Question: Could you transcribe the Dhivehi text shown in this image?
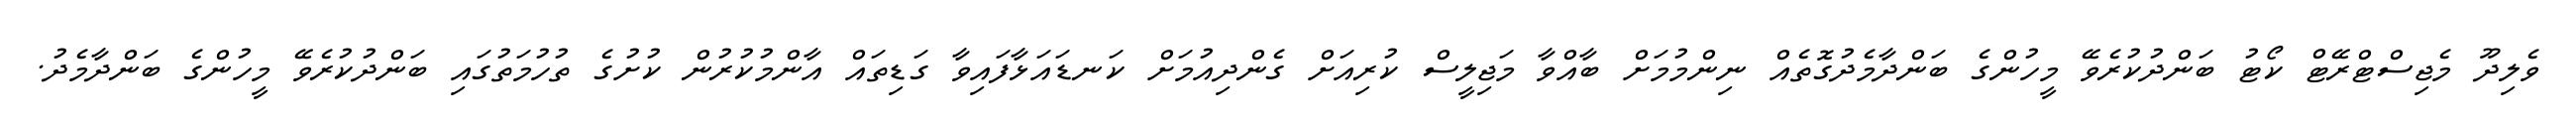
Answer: ވެލިދޫ މެޖިސްޓްރޭޓް ކޯޓު ބަންދުކުރެވޭ މީހުންގެ ބަންދާމެދުގޮތެއް ނިންމުމަށް ބާއްވާ މަޖިލީސް ކުރިއަށް ގެންދިއުމަށް ކަނޑައަޅާފައިވާ ގަޑިތައް އާންމުކުރުން ކުށުގެ ތުހުމަތުގައި ބަންދުކުރެވޭ މީހުންގެ ބަންދާމެދު.